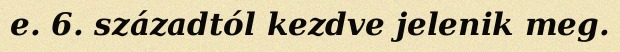
e. 6. századtól kezdve jelenik meg.